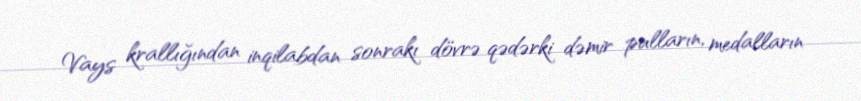
Vays krallığından inqilabdan sonrakı dövrə qədərki dəmir pulların, medalların